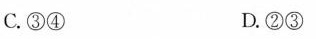
C. ③④ D. ②③